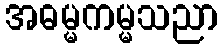
အဓမ္မကမ္မသညာ